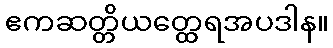
ဧကဆတ္တိယတ္ထေရအပဒါန။